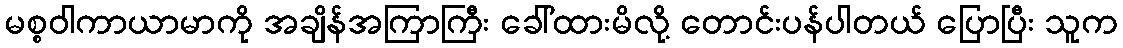
မစ္စဝါကာယာမာကို အချိန်အကြာကြီး ခေါ်ထားမိလို့ တောင်းပန်ပါတယ် ပြောပြီး သူက